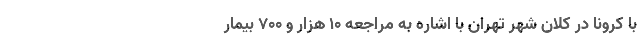
با کرونا در کلان شهر تهران با اشاره به مراجعه ۱۰ هزار و ۷۰۰ بیمار